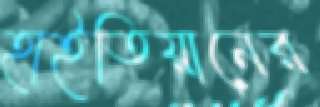
হাইতিয়ানের